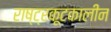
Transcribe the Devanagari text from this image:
राष्ट्रकूटकालीन